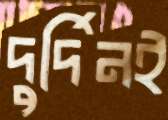
দুর্দিনই